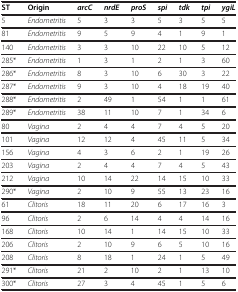
| ST | Origin | arcC | nrdE | proS | spi | tdk | tpi | ygiL |
 | --- | --- | --- | --- | --- | --- | --- | --- | --- |
 | 5 | Endometritis | 5 | 3 | 3 | 5 | 3 | 5 | 5 |
 | 81 | Endometritis | 9 | 5 | 9 | 4 | 1 | 9 | 1 |
 | 140 | Endometritis | 3 | 3 | 10 | 22 | 10 | 5 | 12 |
 | 285* | Endometritis | 1 | 3 | 1 | 2 | 1 | 3 | 60 |
 | 286* | Endometritis | 8 | 3 | 10 | 6 | 30 | 3 | 22 |
 | 287* | Endometritis | 9 | 3 | 10 | 4 | 18 | 19 | 40 |
 | 288* | Endometritis | 2 | 49 | 1 | 54 | 1 | 1 | 61 |
 | 289* | Endometritis | 38 | 11 | 10 | 7 | 1 | 34 | 6 |
 | 80 | Vagina | 2 | 4 | 4 | 7 | 4 | 5 | 20 |
 | 101 | Vagina | 12 | 12 | 4 | 45 | 11 | 5 | 34 |
 | 156 | Vagina | 4 | 3 | 6 | 2 | 1 | 19 | 26 |
 | 203 | Vagina | 2 | 4 | 4 | 7 | 4 | 5 | 43 |
 | 212 | Vagina | 10 | 14 | 22 | 14 | 15 | 10 | 33 |
 | 290* | Vagina | 2 | 10 | 9 | 55 | 13 | 23 | 16 |
 | 61 | Clitoris | 18 | 11 | 20 | 6 | 17 | 16 | 3 |
 | 96 | Clitoris | 2 | 6 | 14 | 4 | 4 | 14 | 16 |
 | 168 | Clitoris | 10 | 14 | 1 | 14 | 15 | 10 | 33 |
 | 206 | Clitoris | 2 | 10 | 9 | 6 | 5 | 10 | 16 |
 | 208 | Clitoris | 8 | 18 | 1 | 24 | 1 | 5 | 49 |
 | 291* | Clitoris | 21 | 2 | 10 | 2 | 1 | 13 | 10 |
 | 300* | Clitoris | 27 | 3 | 4 | 45 | 1 | 5 | 6 |